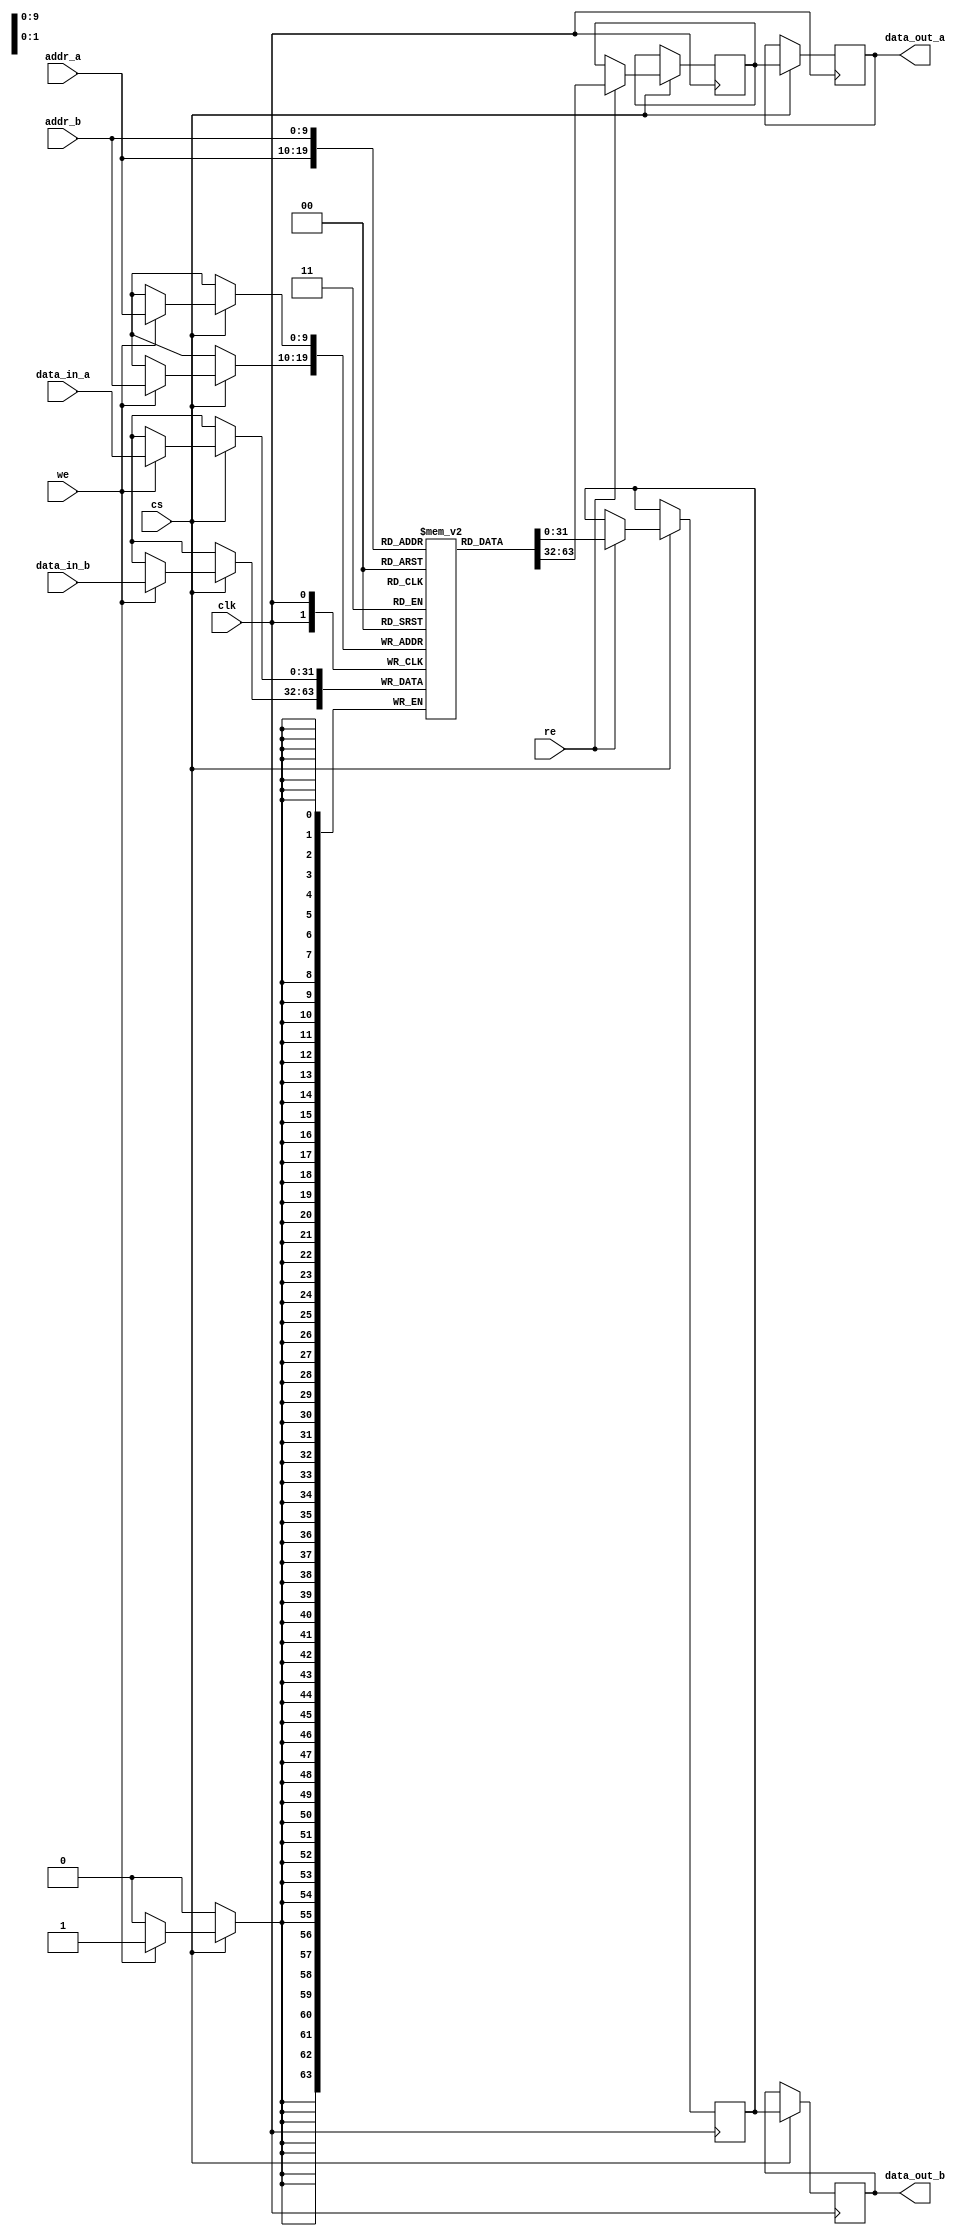
module PipelineSRAM #(
    parameter DATA_WIDTH = 32,          // Configurable data width
    parameter ADDRESS_WIDTH = 10,       // Configurable address width
    parameter DEPTH = (1 << ADDRESS_WIDTH) // Memory depth
) (
    input wire clk,                      // Clock signal
    input wire cs,                       // Chip Select Signal
    input wire we,                       // Write Enable Signal
    input wire re,                       // Read Enable Signal
    input wire [ADDRESS_WIDTH-1:0] addr_a, // Address for Port A
    input wire [ADDRESS_WIDTH-1:0] addr_b, // Address for Port B
    input wire [DATA_WIDTH-1:0] data_in_a, // Data input for Port A
    input wire [DATA_WIDTH-1:0] data_in_b, // Data input for Port B
    output reg [DATA_WIDTH-1:0] data_out_a, // Data output for Port A
    output reg [DATA_WIDTH-1:0] data_out_b  // Data output for Port B
);

    // Memory array
    reg [DATA_WIDTH-1:0] memory [0:DEPTH-1];
    
    // Pipeline registers
    reg [DATA_WIDTH-1:0] pipeline_reg_a; // Pipeline register for Port A
    reg [DATA_WIDTH-1:0] pipeline_reg_b; // Pipeline register for Port B

    // Write operation
    always @(posedge clk) begin
        if (cs) begin
            if (we) begin
                memory[addr_a] <= data_in_a; // Write data for Port A
            end
            if (we) begin
                memory[addr_b] <= data_in_b; // Write data for Port B
            end
        end
    end

    // Read operation with pipeline handling
    always @(posedge clk) begin
        if (cs) begin
            if (re) begin
                pipeline_reg_a <= memory[addr_a]; // Read data for Port A
                pipeline_reg_b <= memory[addr_b]; // Read data for Port B
            end
        end
    end

    // Output data
    always @(posedge clk) begin
        if (cs) begin
            data_out_a <= pipeline_reg_a; // Output for Port A
            data_out_b <= pipeline_reg_b; // Output for Port B
        end
    end

endmodule